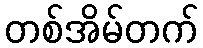
တစ်အိမ်တက်